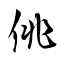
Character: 佻